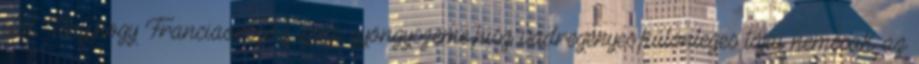
elől. Tény,hogy Franciaország igazi gyöngyszeme,hisz vadregényes,különleges tájai nemcsak az